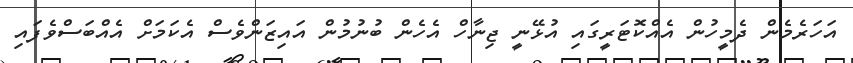
އަހަރެމެން ދެމީހުން އެއްކޮޓަރީގައި އުޅޭނީ ޖިނާހް އެހެން ބުނުމުން އައިޒަންވެސް އެކަމަށް އެއްބަސްވެފައި